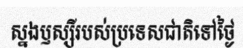
ស្នងឫស្សីរបស់ប្រទេសជាតិទៅថ្ងៃ